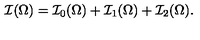
\mathcal { I } ( \Omega ) = \mathcal { I } _ { 0 } ( \Omega ) + \mathcal { I } _ { 1 } ( \Omega ) + \mathcal { I } _ { 2 } ( \Omega ) .